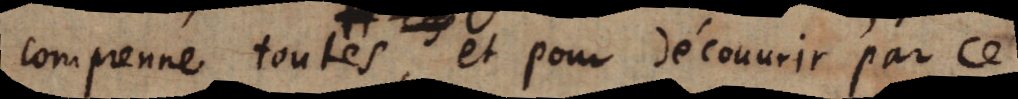
comprenne toutes, et pour découvrir par ce